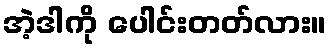
အဲ့ဒါကို ပေါင်းတတ်လား။